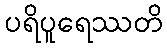
ပရိပူရေဿတိ